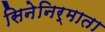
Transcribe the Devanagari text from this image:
सिनेनिर्माता